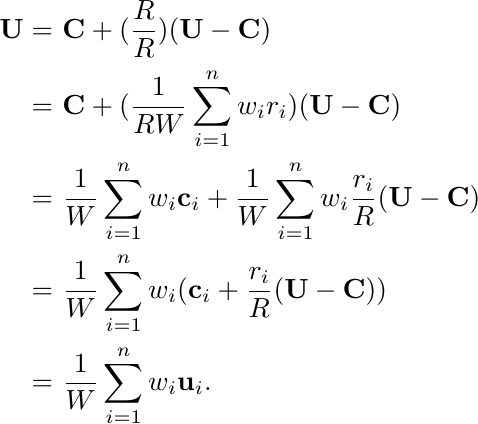
\begin{align*}
    \mathbf{U} = & \ \mathbf{C} + (\frac{R}{R})(\mathbf{U} - \mathbf{C})\\
    = & \ \mathbf{C} + (\frac{1}{RW} \sum_{i=1}^{n}{w_i r_i})(\mathbf{U} - \mathbf{C}) \\
    = & \ \frac{1}{W} \sum_{i=1}^{n}{w_i \mathbf{c}_i} + \frac{1}{W} \sum_{i=1}^{n}{w_i \frac{r_i}{R}(\mathbf{U} - \mathbf{C})} \\
    = & \ \frac{1}{W} \sum_{i=1}^{n}{w_i (\mathbf{c}_i + \frac{r_i}{R}(\mathbf{U} - \mathbf{C}))} \\
    = & \ \frac{1}{W} \sum_{i=1}^{n}{w_i \mathbf{u}_i}.
\end{align*}